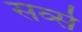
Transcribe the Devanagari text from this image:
सर्व्स